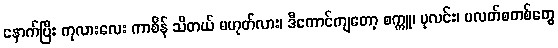
နောက်ပြီး ကုလားလေး ကာစိန် သိတယ် မဟုတ်လား၊ ဒီကောင်ကျတော့ စက္ကူ၊ ပုလင်း၊ ပလတ်စတစ်တွေ